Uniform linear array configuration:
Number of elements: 4
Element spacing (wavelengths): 1
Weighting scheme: hamming
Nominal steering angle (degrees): -30
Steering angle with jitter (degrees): -30.03
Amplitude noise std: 0.05
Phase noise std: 0.05

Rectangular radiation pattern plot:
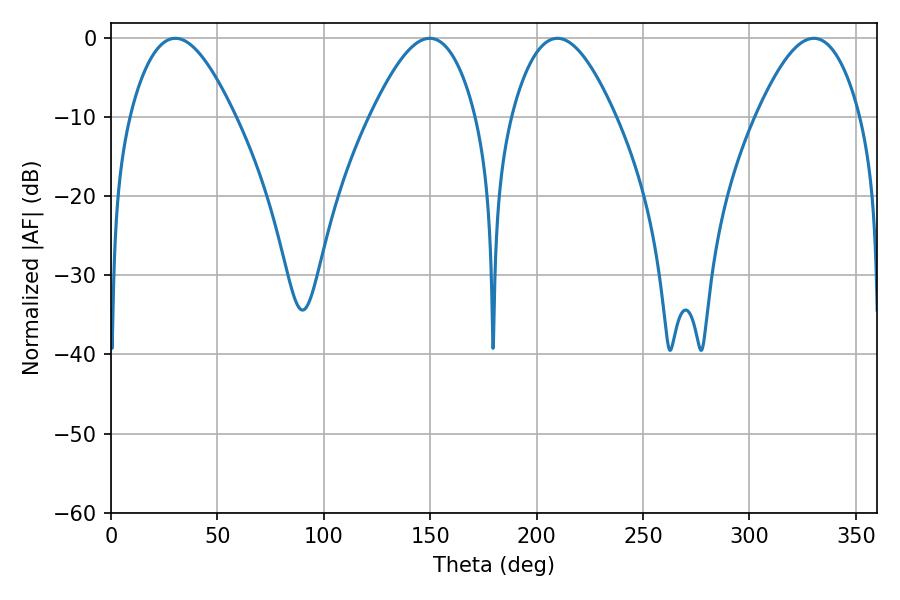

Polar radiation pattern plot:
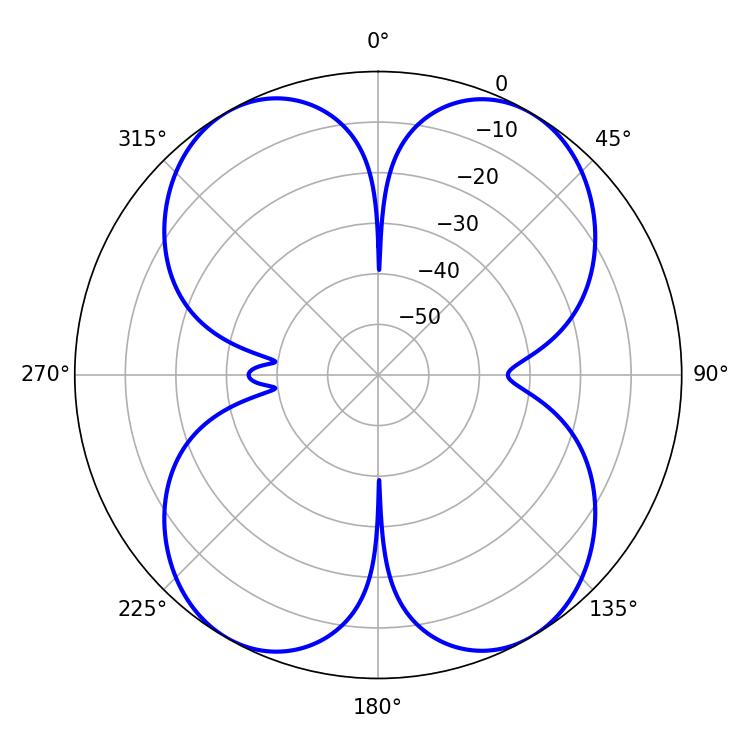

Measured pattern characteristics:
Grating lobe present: TRUE
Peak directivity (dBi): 20.671
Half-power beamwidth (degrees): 26.82
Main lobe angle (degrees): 30.24